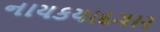
નાયકયાદગાર